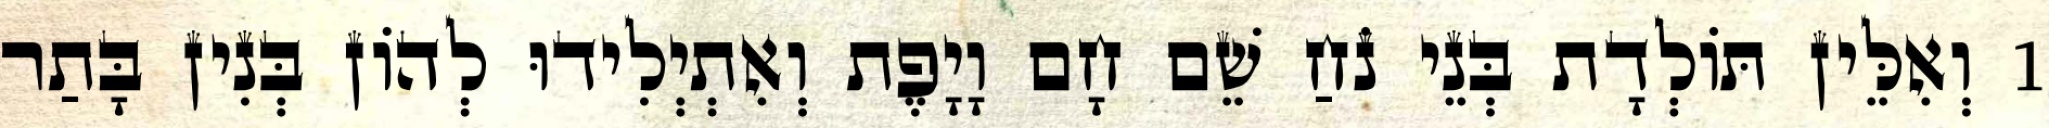
1 וְאִלֵּין תּוֹלְדָת בְּנֵי נֹחַ שֵׁם חָם וָיָפֶת וְאִתְיְלִידוּ לְהוֹן בְּנִין בָּתַר